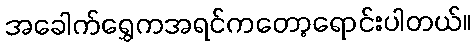
အခေါက်ရွှေကအရင်ကတော့ရောင်းပါတယ်။